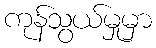
ကုန်သွယ်မှုမှာ